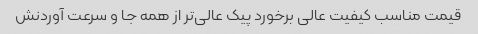
قیمت مناسب کیفیت عالی برخورد پیک عالی‌تر از همه جا و سرعت آوردنش